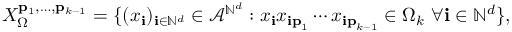
X _ { \Omega } ^ { \mathbf { p } _ { 1 } , \ldots , \mathbf { p } _ { k - 1 } } = \{ ( x _ { \mathbf { i } } ) _ { \mathbf { i } \in \mathbb { N } ^ { d } } \in \mathcal { A } ^ { \mathbb { N } ^ { d } } : x _ { \mathbf { i } } x _ { \mathbf { i p } _ { 1 } } \cdots x _ { \mathbf { i p } _ { k - 1 } } \in \Omega _ { k } \mathrm { ~ } \forall \mathbf { i } \in \mathbb { N } ^ { d } \} \mathrm { , }